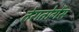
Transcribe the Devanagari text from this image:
तेरातोगेंस